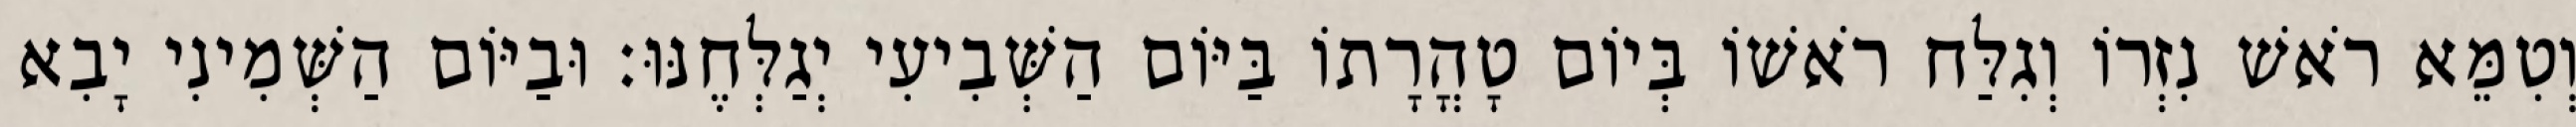
וְטִמֵּא רֹאשׁ נִזְרוֹ וְגִלַּח רֹאשׁוֹ בְּיוֹם טָהֳרָתוֹ בַּיּוֹם הַשְּׁבִיעִי יְגַלְּחֶנּוּ׃ וּבַיּוֹם הַשְּׁמִינִי יָבִא